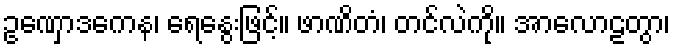
ဥဏှောဒကေန၊ ရေနွေးဖြင့်။ ဖာဏိတံ၊ တင်လဲကို။ အာလောဠတွာ၊